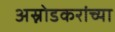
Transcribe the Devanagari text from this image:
अस्नोडकरांच्या